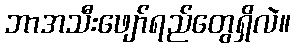
ဘာအသီးဖျော်ရည်တွေရှိလဲ။